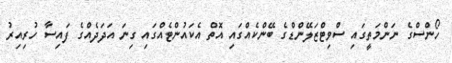
ހޯންސްގެ ނަންމަތީގައި ސްވިޓްޒަލޭންޑްގެ ބޭންކެއްގައި އޮތް އެކައުންޓެއްގައި ގިނަ އަދަދެއްގެ ފައިސާ ހުރިއިރު